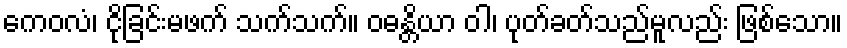
ကေဝလံ၊ ငိုခြင်းမဖက် သက်သက်။ ဝဓန္တိယာ ဝါ၊ ပုတ်ခတ်သည်မူလည်း ဖြစ်သော။